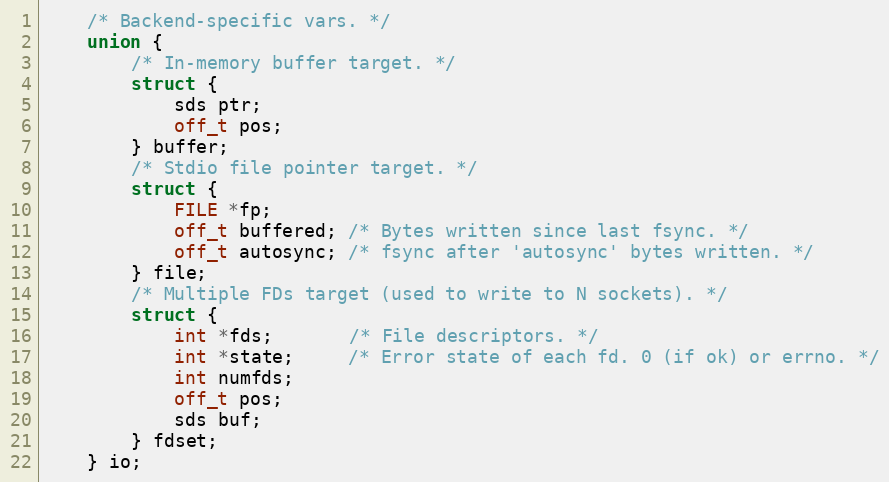
Language: C
    /* Backend-specific vars. */
    union {
        /* In-memory buffer target. */
        struct {
            sds ptr;
            off_t pos;
        } buffer;
        /* Stdio file pointer target. */
        struct {
            FILE *fp;
            off_t buffered; /* Bytes written since last fsync. */
            off_t autosync; /* fsync after 'autosync' bytes written. */
        } file;
        /* Multiple FDs target (used to write to N sockets). */
        struct {
            int *fds;       /* File descriptors. */
            int *state;     /* Error state of each fd. 0 (if ok) or errno. */
            int numfds;
            off_t pos;
            sds buf;
        } fdset;
    } io;